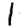
Digit: 1